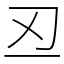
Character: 丒